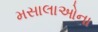
મસાલાઓના